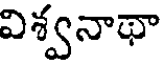
విశ్వనాథా